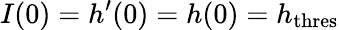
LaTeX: I(0)=h^{\prime}(0)=h(0)=h_{\mathrm{thres}}